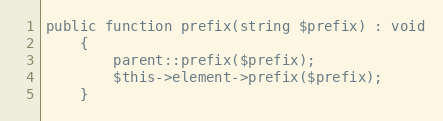
Language: PHP
public function prefix(string $prefix) : void
    {
        parent::prefix($prefix);
        $this->element->prefix($prefix);
    }